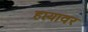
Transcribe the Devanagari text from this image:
हप्त्यावर